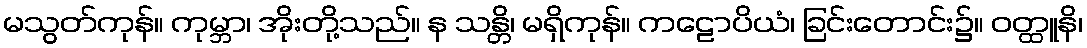
မသွတ်ကုန်။ ကုမ္ဘာ၊ အိုးတို့သည်။ န သန္တိ၊ မရှိကုန်။ ကဠောပိယံ၊ ခြင်းတောင်း၌။ ဝတ္ထူနိ၊